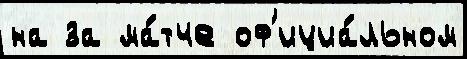
на за ма́тче оф'ициа́льном